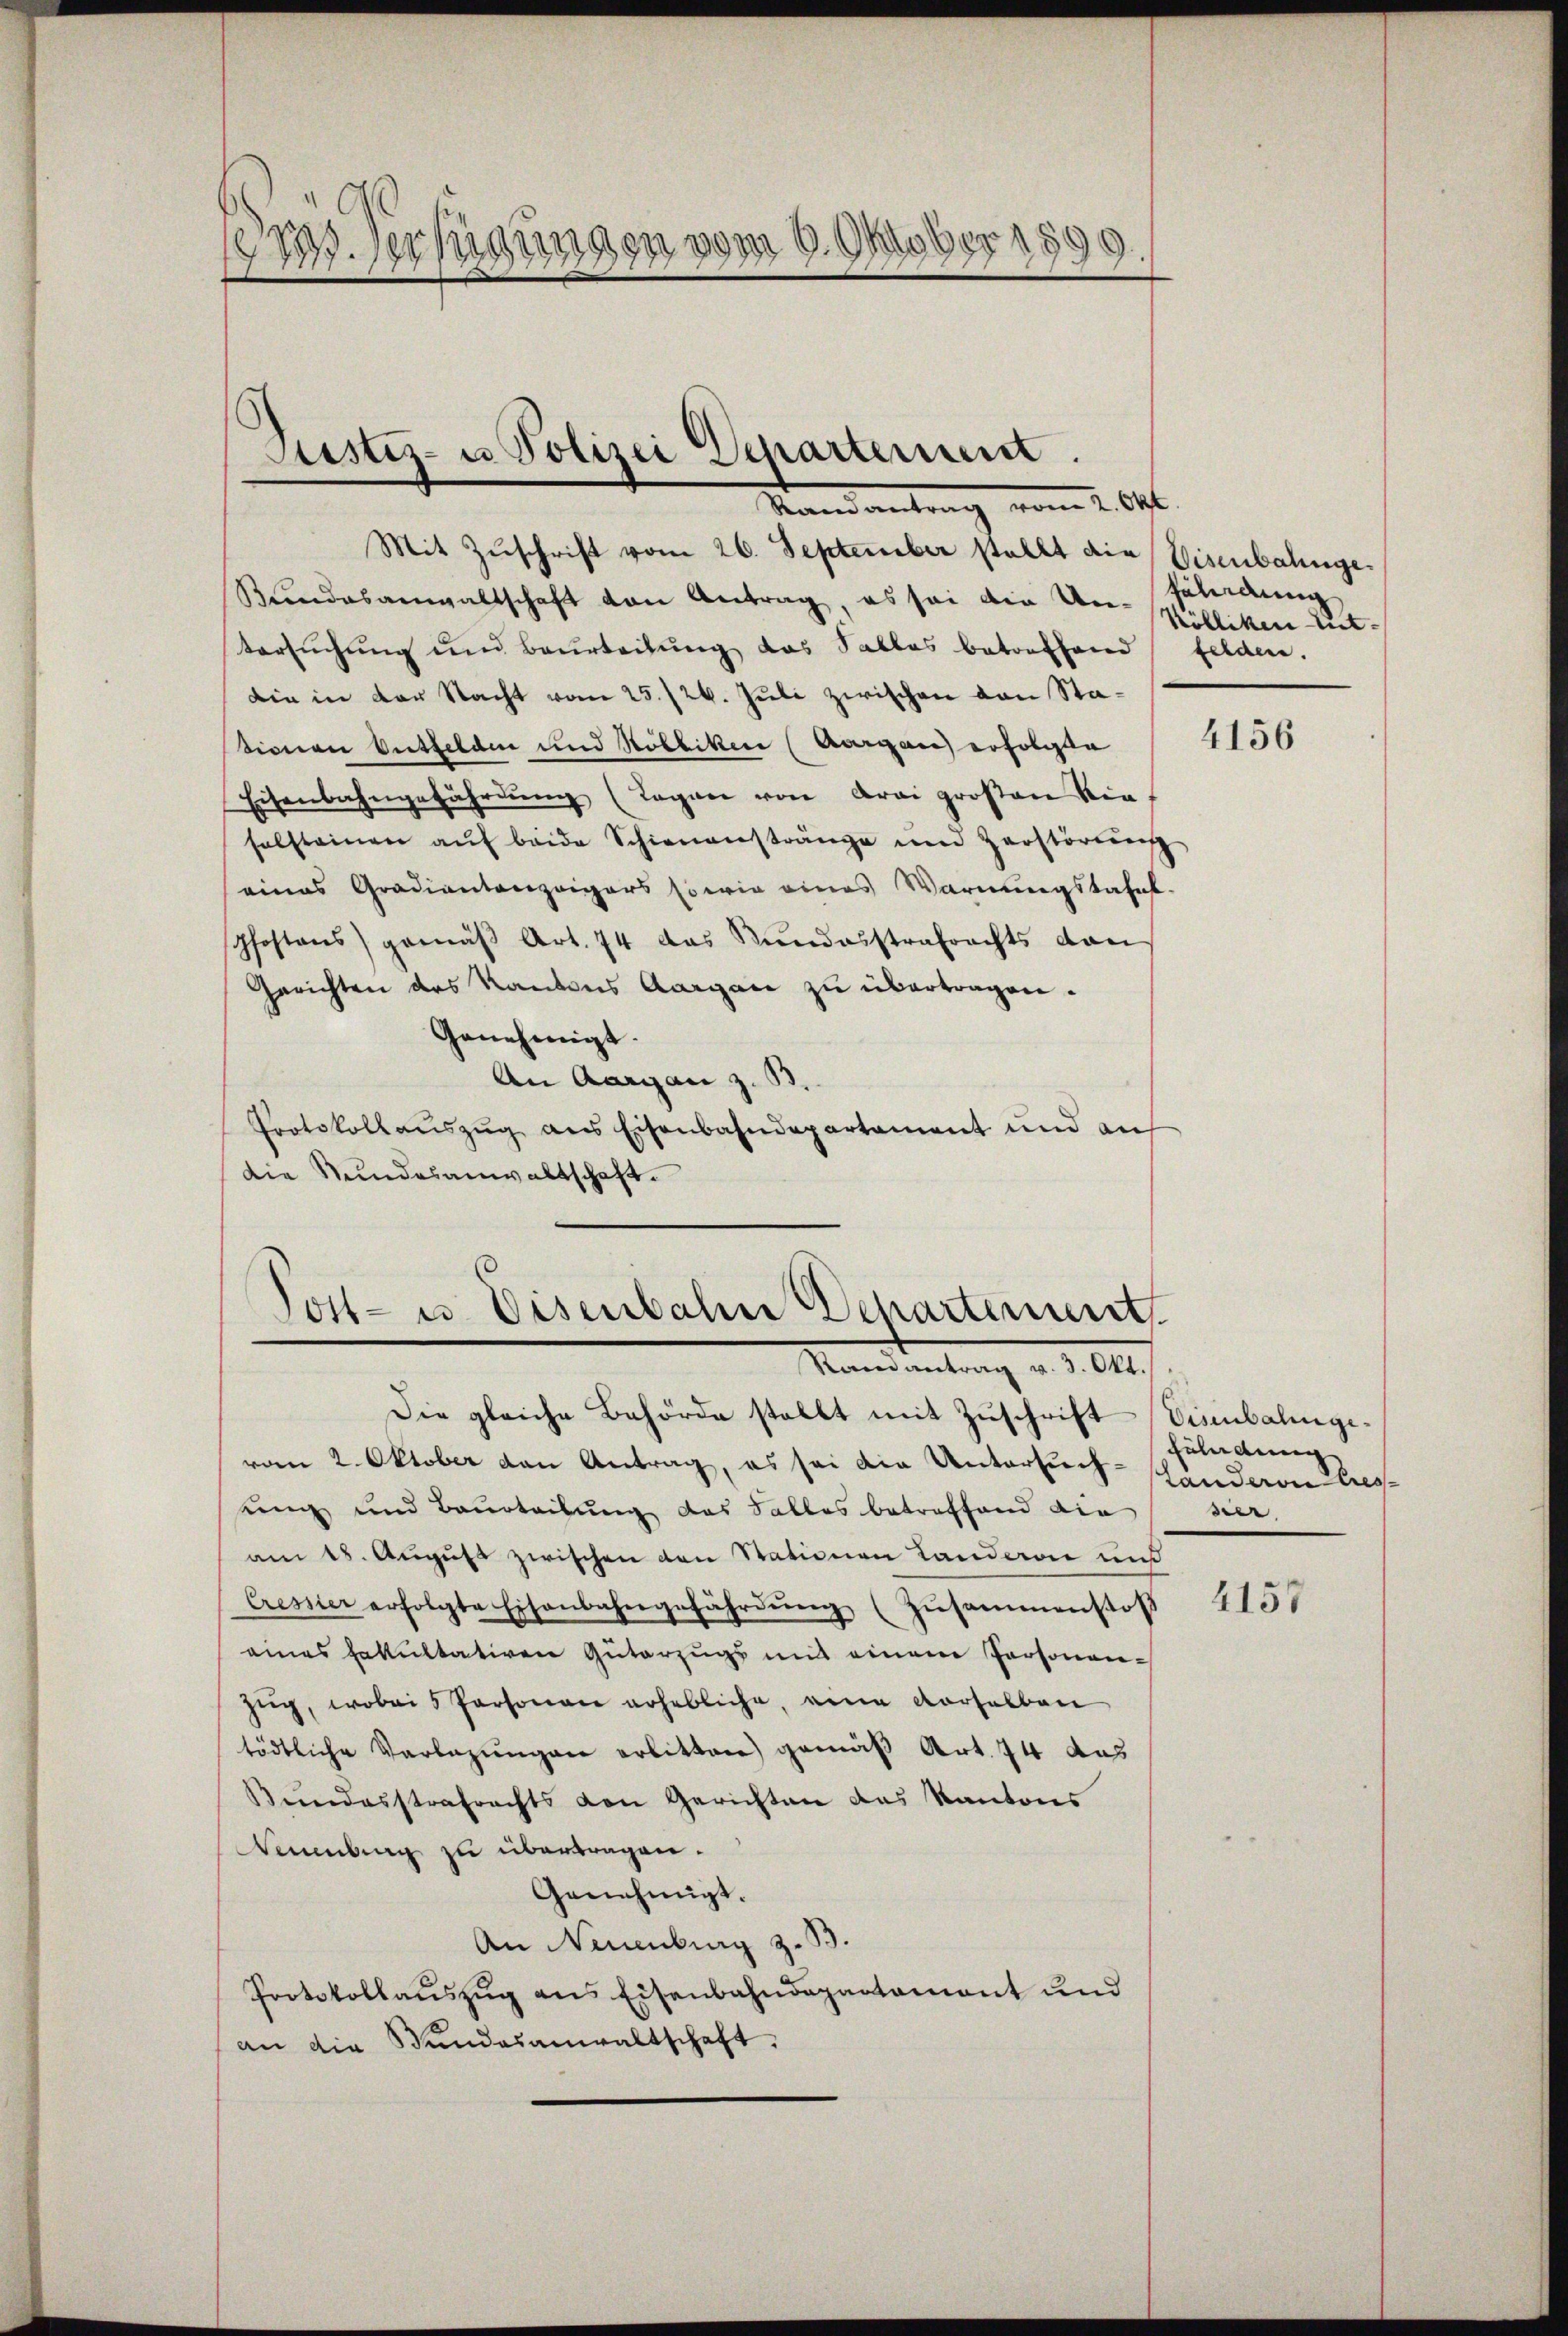
Bd. Verfügungen vom 6. Oktober 1899.

Justiz- u Polizei Departement.
Randanter

Mit Zŭschrift vom 26. September stellt die Eisenbahnge¬
Bŭndesanwaltschaft von Antrag, es sei die Un- Paladung
tersuchung und Beurteilung das Salles betreffend felden.
Die in der Nacht vom 25./26. Juli zwischen von Stasionen Entfelden und Robbiken (Aargau erfolgte
Eisenbahngefährdŭng (Tagen von drei großen Kin-
solsteinen aŭf beide Schienanstränge und Zerstörŭng
eines Gradiantenzeigers sowie eines Warnungstafel-
pfostens gemäβ Art. 74 das Nŭndarstrafrechts dan
Gerichten des Kantons Aargau zu übertragen.
Genehmigt.
An Aargau z. B.
Protokollaŭszŭg ans Eisenbahndepartament und an
die Stundesanwaltschaft.

Jost- u Disenbahn Departement.
Randantrag v. 3. Okt.

Die gleiche Behörde stellt mit Zuschrift Eisenbalingevom 2. Oktober den Antrag, es sei die Untersuchung und Beurteilung das Falles betreffend die
am 18. August zwischen von Stationen Landeren und
Cressier erfolgte Eisenbahngefährdŭng (Zŭsamenstoß
eines Fakultativen Güterzugs mit einem Personen-
zug, wobei 5 Personen erhebliche, eine verselben
tödtliche Vorlegungen erlitten) gemäß Art. 74 aus
Bŭndesstrafrechts von Gerichten das Kantons
Neuenburg zu übertragen.
Genehmigt.
An Neuenburg z. B.
Protokollaŭszŭg ans Eisenbahndepartamant und
an die Bundesanwaltschaft.

Kölliken un¬

4156

fülndung
Landeren Cres
sier

4157